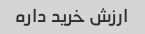
ارزش خرید داره